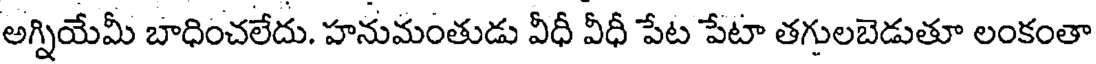
అగ్నియేమీ బాధించలేదు. హనుమంతుడు వీధీ వీధీ పేట పేటా తగులబెడుతూ లంకంతా